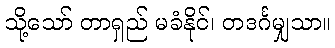
သို့သော် တာရှည် မခံနိုင်၊ တဒင်္ဂမျှသာ။